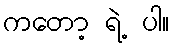
ကတော့ ရဲ့ ပါ။